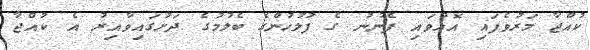
ކުއްޖާ މަރުވެފައި އޮއްވައި ފެނުނު ގެ ފުލުހުންގެ ބެލުމުގެ ދަށުގައިވާއިރު އެ ކުއްޖާ